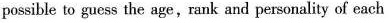
possible to guess the age,rank and personality of each